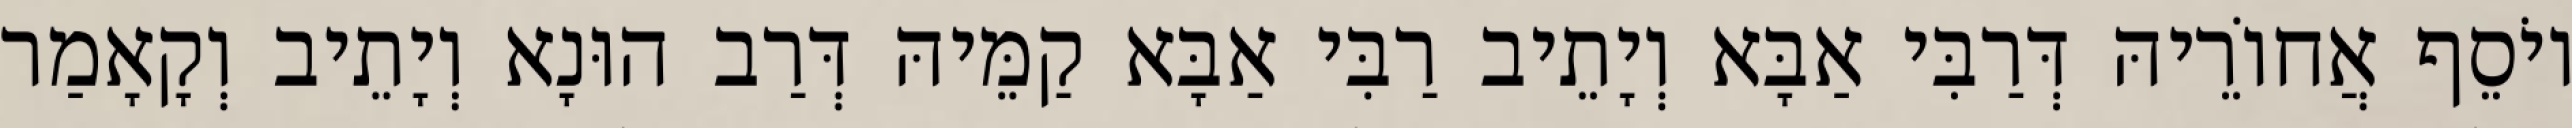
יוֹסֵף אֲחוֹרֵיהּ דְּרַבִּי אַבָּא וְיָתֵיב רַבִּי אַבָּא קַמֵּיהּ דְּרַב הוּנָא וְיָתֵיב וְקָאָמַר